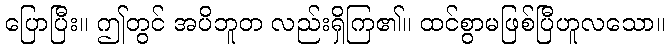
ပြောပြီး။ ဤတွင် အပိဘူတ လည်းရှိကြ၏။ ထင်စွာမဖြစ်ပြီဟူလသော။